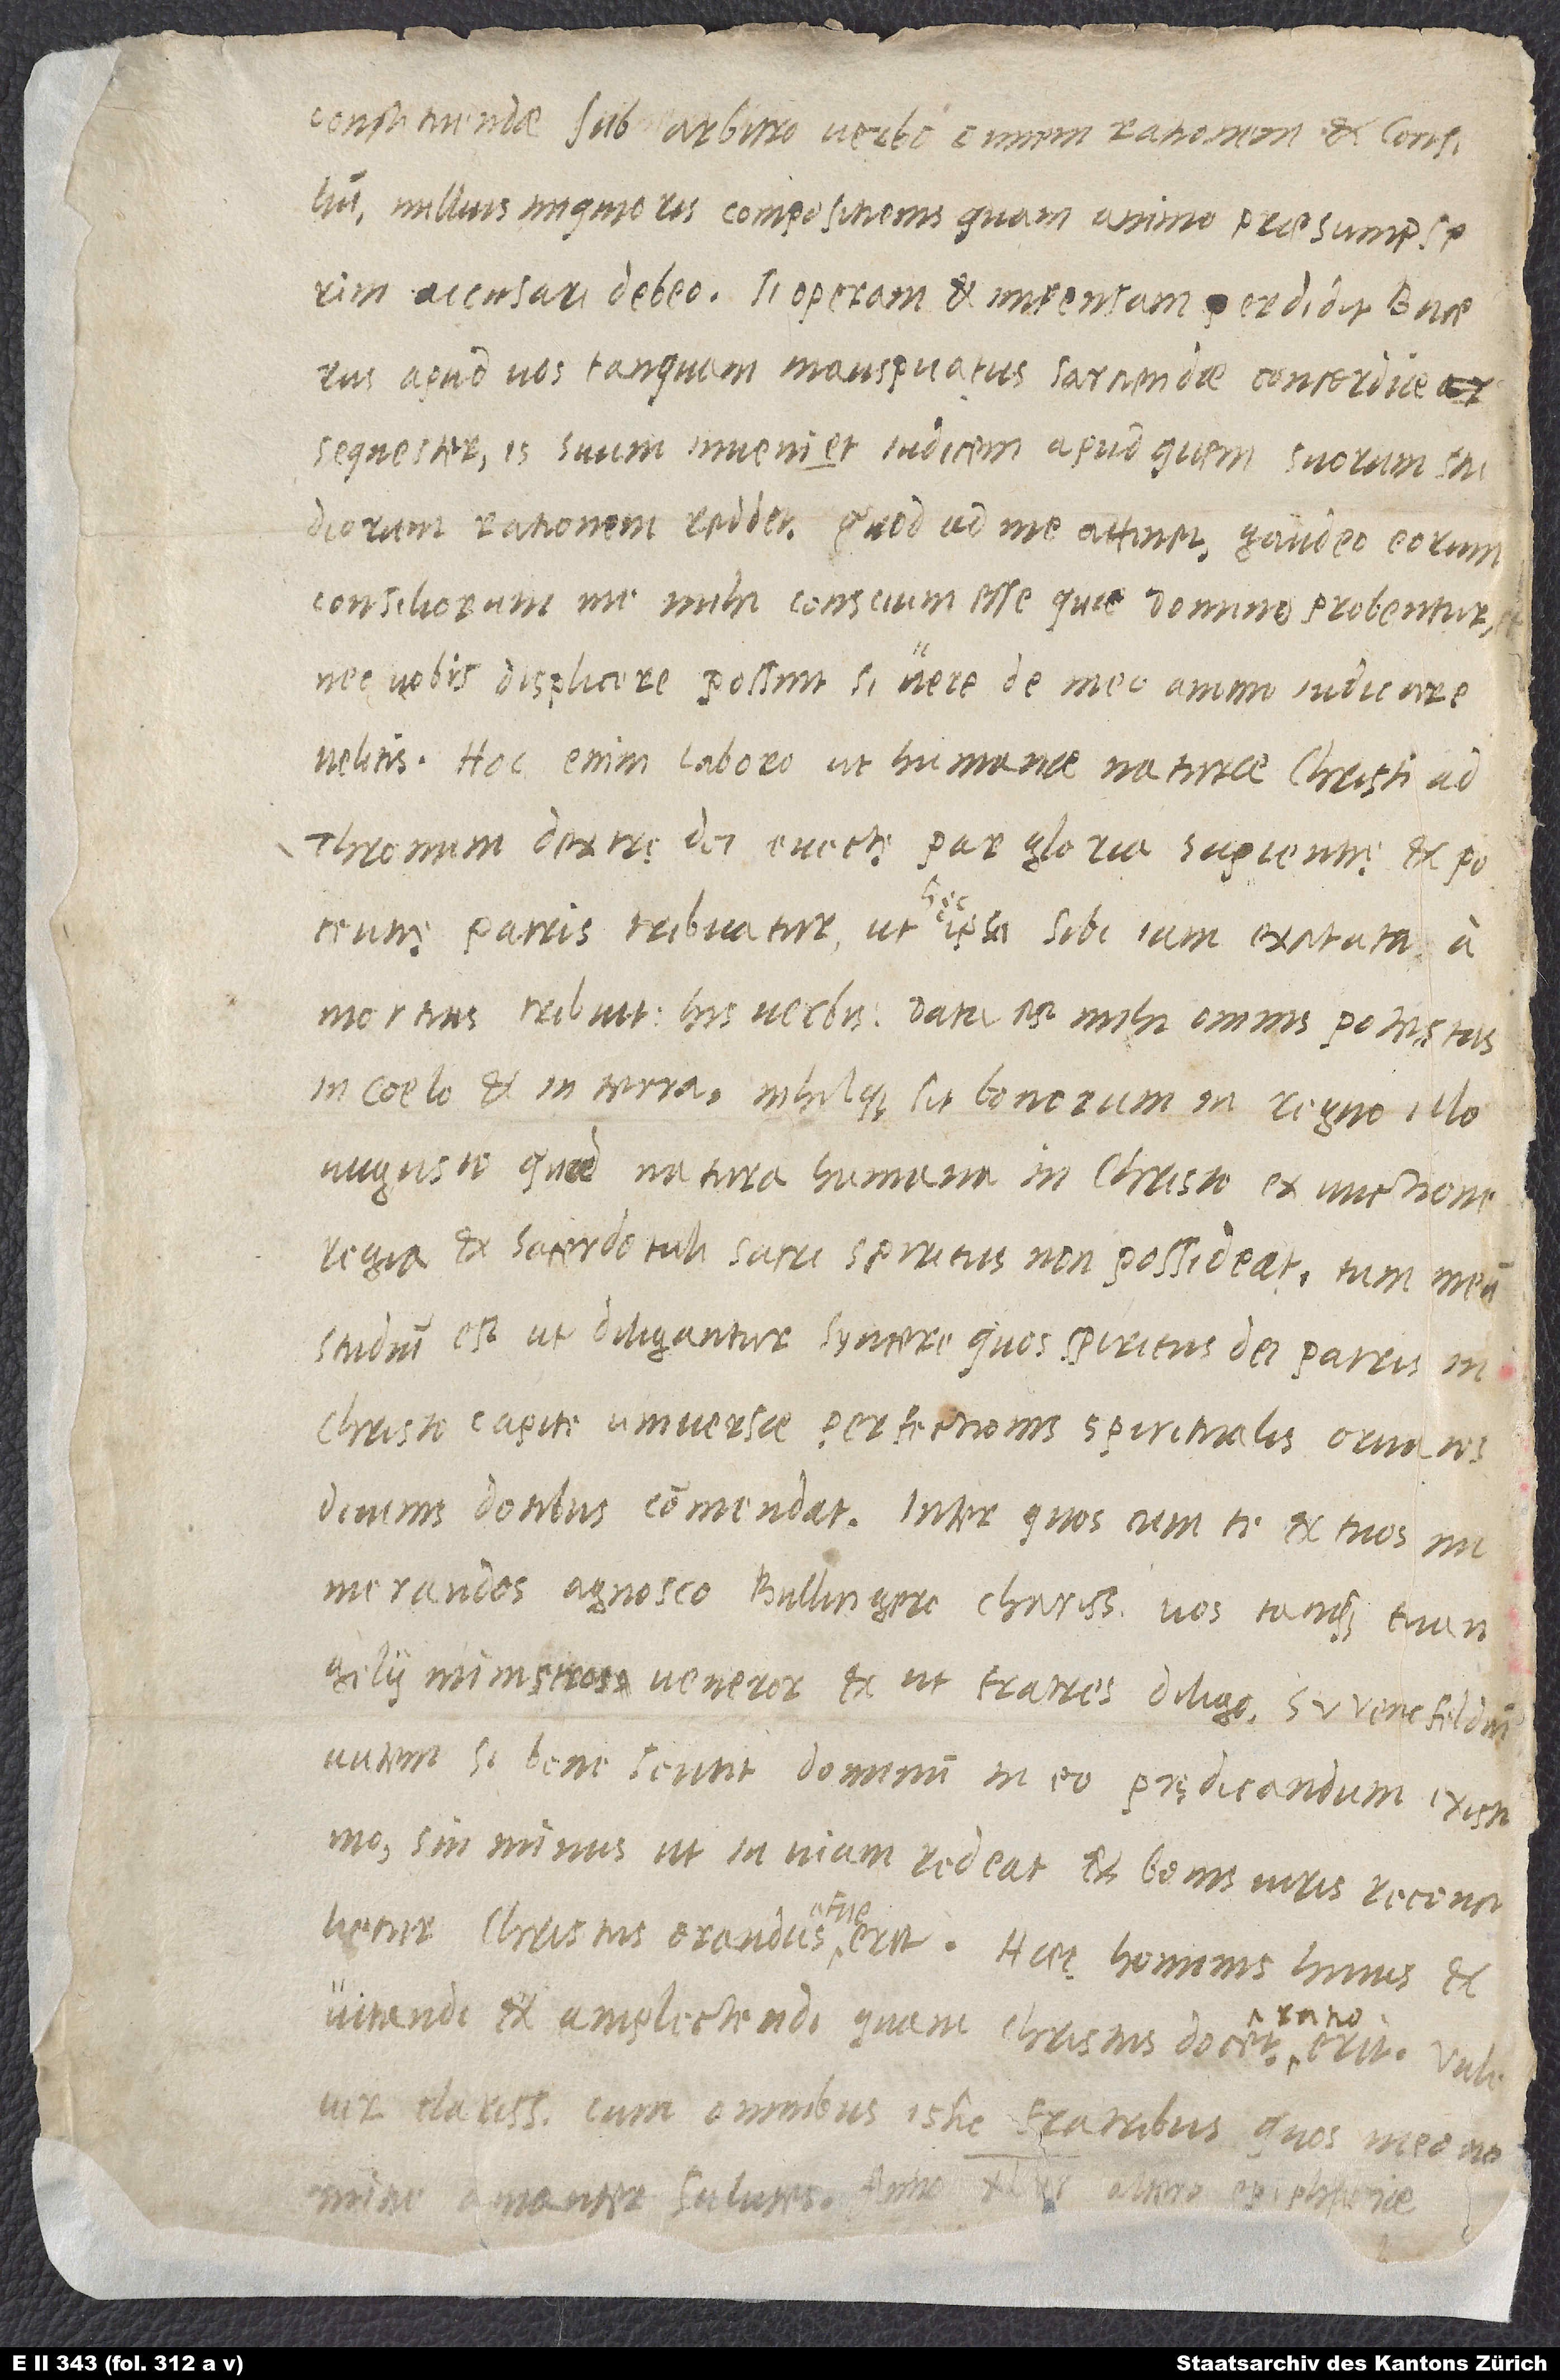
constituendae sub arbitro verbo omnem rationem et consilium,
nullius iniquioris compositionis, quam animo praesumpserim,
accusari debeo. Si operam et impensam perdidit Bucerus
apud vos tanquam inauspicatus sarciendae concordiae
sequester, is suum inveniet iudicem, apud quem suorum studiorum
rationem reddet. Quod ad me attinet, gaudeo eorum
consiliorum me mihi conscium esse, qui domino probentur;
nec vobis displicere possint, si vere de meo animo iudicare
velitis. Hoc enim laboro, ut humanae naturae Christi, ad
thronum dextrę dei evectę, par gloria sapientię et potentię
patris tribuatur, ut hęc ipsa sibi iam excitata
mortuis tribuit his verbis: „Data est mihi omnis potestas
in coelo et in terra“, nihilque sit bonorum in regno illo
augusto, quod natura humana in Christo ex unctione
regia et sacerdotali sacri spiritus non possideat. Tum meum
studium est, ut diligantur syncere, quos spiritus dei patris in
Christo capite universae perfectionis spiritualis ornatos
divinis dotibus commendat. Inter quos, cum te et tuos
numerandos agnosco, Bullingere charissime, vos tanquam evangelii
ministros veneror et ut fratres diligo. Swencfeldius
autem, si bene sentit, dominum in eo prędicandum existimo;
sin minus, ut in viam redeat et bonis viris reconcilietur,
Christus orandus a me erit. Haec hominis huius et
vitandi et amplectendi, quam Christum docet, ratio erit.
vir clarissime cum omnibus istic fratribus, quos meo nomine